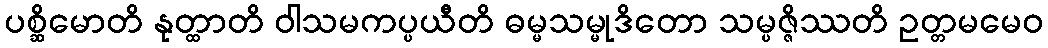
ပစ္ဆိမောတိ နုတ္ထာတိ ဝါသမကပ္ပယီတိ ဓမ္မသမ္မုဒိတော သမ္ပဇ္ဇိဿတိ ဥတ္တမမေဝ